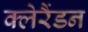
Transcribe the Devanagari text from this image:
क्लेरैंडन